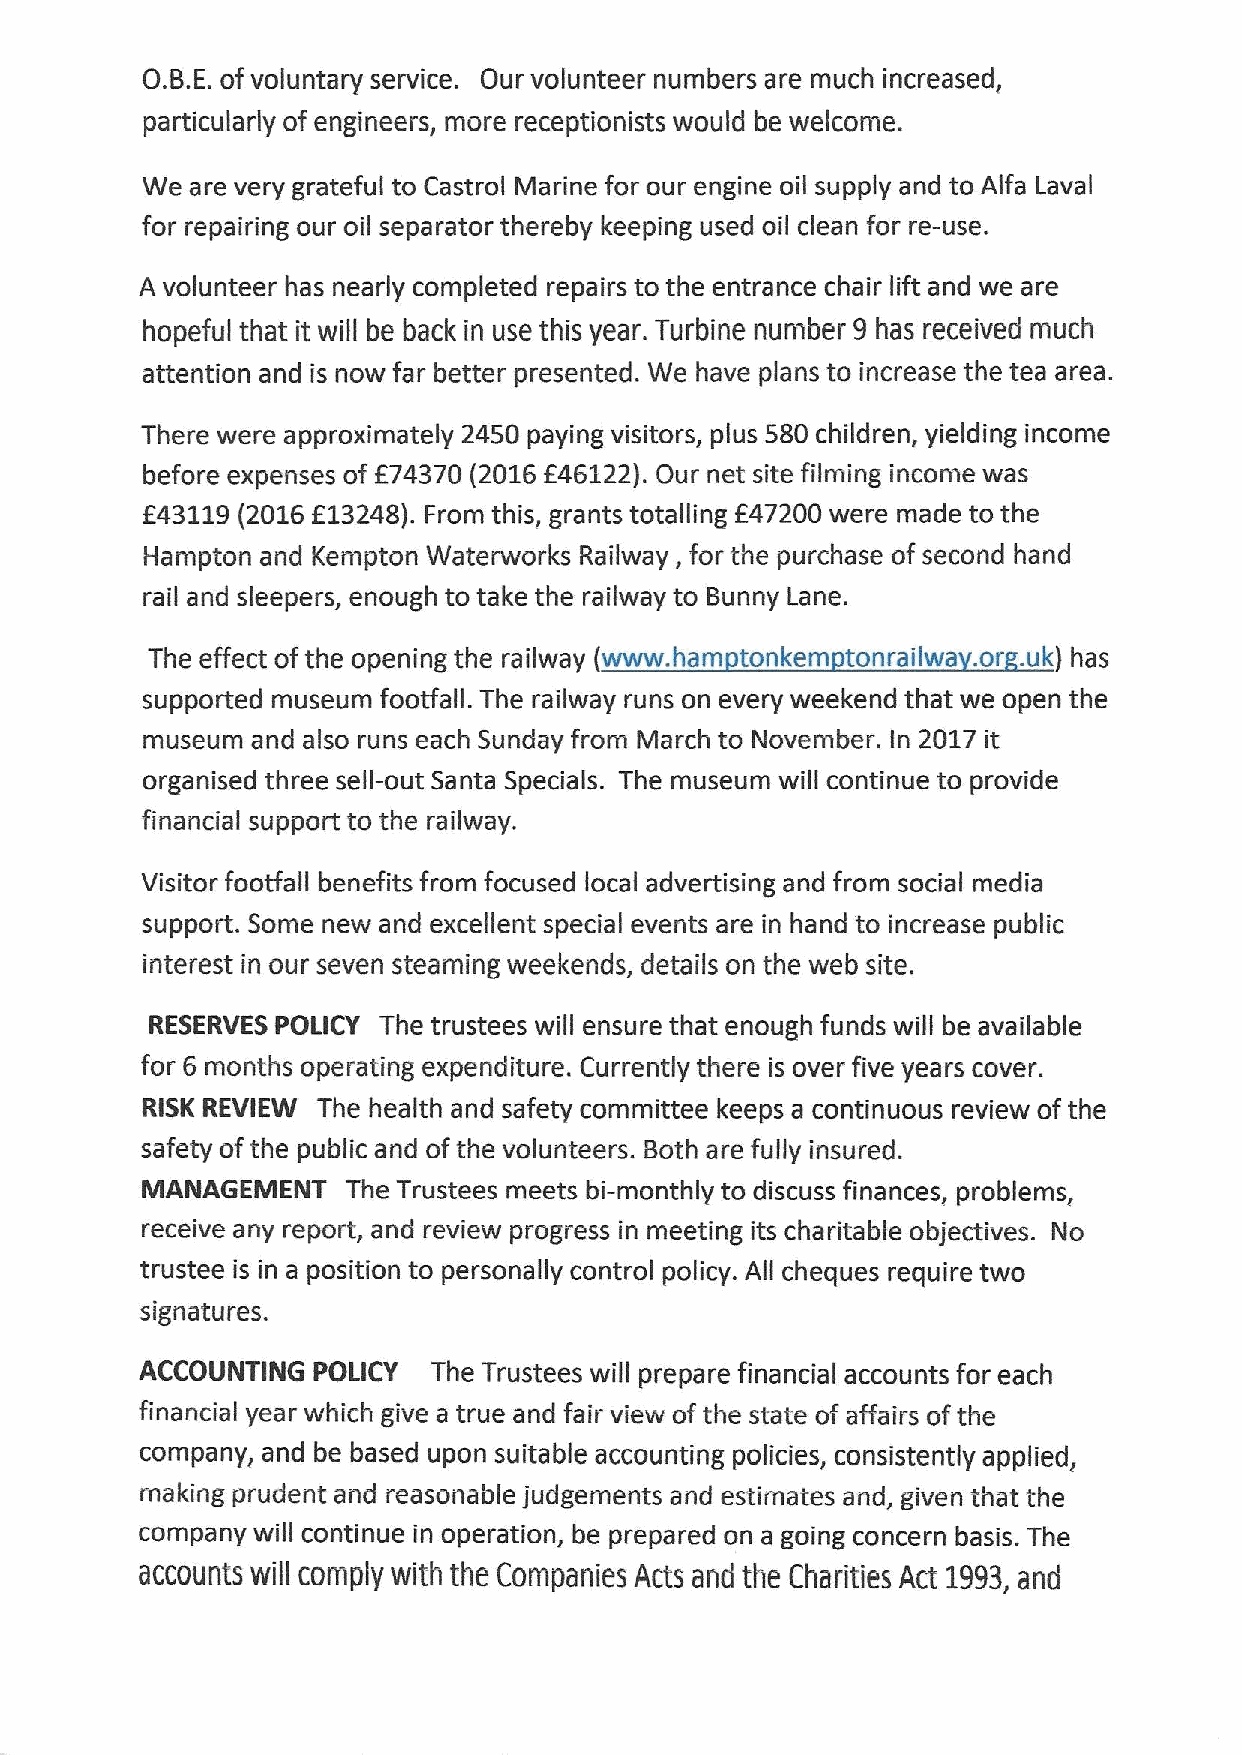
O.B.E.ofvoluntary service. Our volunteer numbers are much increased,
 particularly of engineers, more receptionists would be welcome.
 We  are very grateful to Castrol Marine for our engine oil supply and to Alfa Laval
 for repairing our oil separator thereby keeping used oil clean for re-use.
 A volunteer has nearly completed repairs to the entrance chair lift and we are
 hopeful that it will be back in use this year. Turbine number 9 has received much
 attention and is now far better presented. We have plans to increase the tea area.
 There were approximately 2450 paying visitors, plus 580 children, yielding income
 before expenses of f74370 (2016f46122). Our net site filming income was
 f43119(2016E13248).From this, grants totalling f47200 were made to the
 Hampton and Kempton Waterworks Railway, for the purchase of second hand
 rail and sleepers, enough to take the railway to Bunny Lane.
 The effect ofthe opening the railway (www. ham tonkem tonrailwa .or . uk) has
 supported museum footfall. The railway runs on every weekend that we open the
 museum  and also runs each Sunday from March to November. In 2017 it
 organised three sell-out Santa Specials. The museum will continue to provide
 financial support to the railway.
 Visitor footfall benefits from focused local advertising and from social media
 support. Some new and excellent special events are in hand to increase public
 interest in our seven steaming weekends, details on the web site.
 RESERVES POLICY The trustees will ensure that enough funds will be available
 for 6 months operating expenditure. Currently there is over five years cover.
 RISK REVIEW The health and safety committee keeps a continuous review of the
 safety ofthe public and ofthe volunteers. Both are fully insured.
 MANAGEMENT    The Trustees meets bi-monthly to discuss finances, problems,
 receive any report, and review progress in meeting its charitable objectives. No
 trustee is in a position to personally control policy. All cheques require two
 signatures.
 ACCOUNTING  POLICY  The Trustees will prepare financial accounts for each
 financial year which give a true and fair view of the state of affairs ofthe
 company, and be based upon suitable accounting policies, consistently applied,
 making prudent and reasonable judgements and estimates and, given that the
 company will continue in operation, be prepared on a going concern basis. The
 accounts will comply with the Cornpariies Acts arid the Charities Act 1993,and